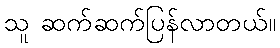
သူ ဆက်ဆက်ပြန်လာတယ်။